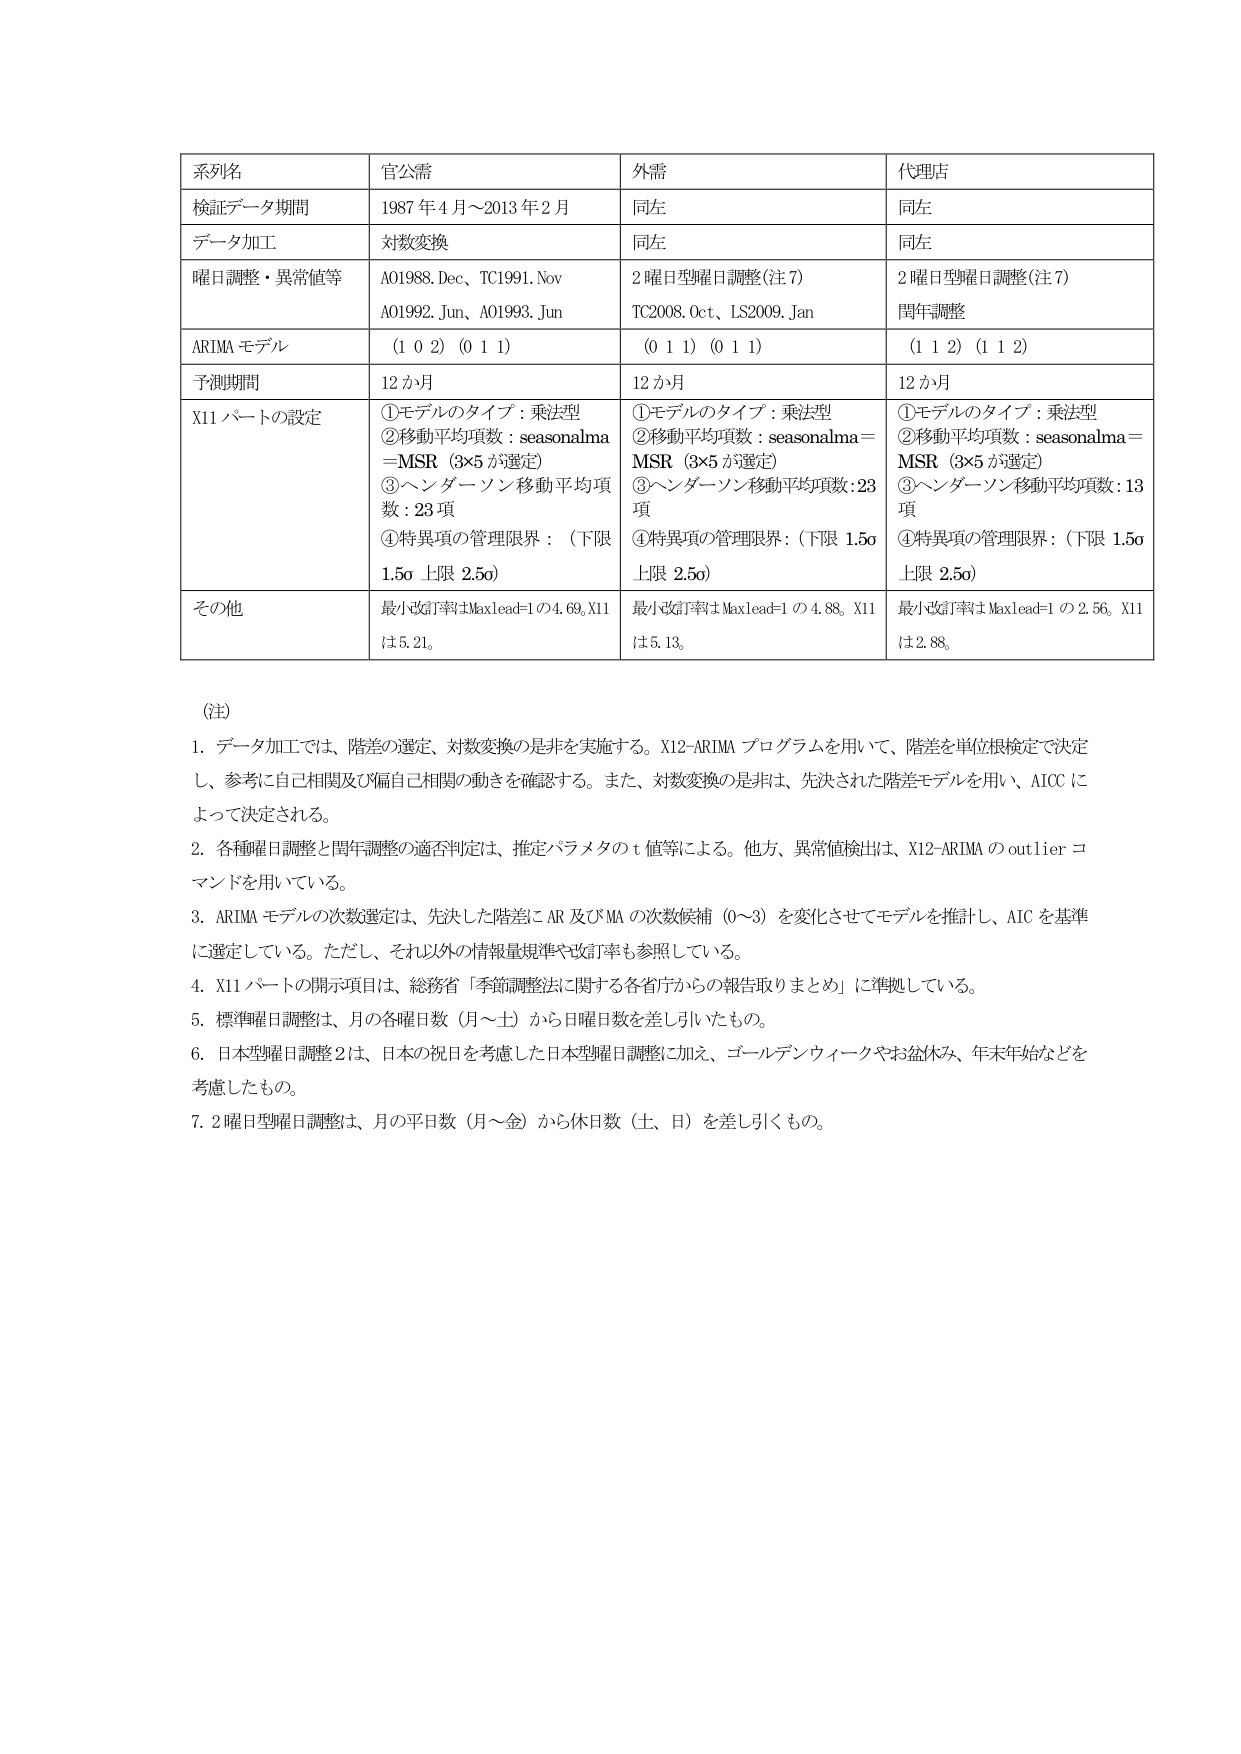
系列名 官公需 外需 代理店
検証データ期間 1987年4月～2013年2月 同左 同左
データ加工 対数変換 同左 同左
曜日調整・異常値等 A01988.Dec、TC1991.Nov A01992.Jun、A01993.Jun 2曜日型曜日調整（注7） TC2008.Oct、LS2009.Jan 2曜日型曜日調整（注7） 閏年調整
ARIMAモデル （1 0 2）（0 1 1） （0 1 1）（0 1 1） （1 1 2）（1 1 2）
予測期間 12か月 12か月 12か月
X11パートの設定 ①モデルのタイプ：乗法型 ②移動平均項数：seasonalma=MSR（3×5が選定） ③ヘンダーソン移動平均項数：23項 ④特異項の管理限界：（下限1.5σ上限2.5σ） ①モデルのタイプ：乗法型 ②移動平均項数：seasonalma=MSR（3×5が選定） ③ヘンダーソン移動平均項数：23項 ④特異項の管理限界：（下限1.5σ上限2.5σ） ①モデルのタイプ：乗法型 ②移動平均項数：seasonalma=MSR（3×5が選定） ③ヘンダーソン移動平均項数：13項 ④特異項の管理限界：（下限1.5σ上限2.5σ）
その他 最小改訂率はMaxlead=1の4.69、X11は5.21。 最小改訂率はMaxlead=1の4.88、X11は5.13。 最小改訂率はMaxlead=1の2.56、X11は2.88。

（注）
1. データ加工では、階差の選定、対数変換の是非を実施する。X12-ARIMAプログラムを用いて、階差を単位根検定で決定し、参考に自己相関及び偏自己相関の動きを確認する。また、対数変換の是非は、先決された階差モデルを用い、AICCによって決定される。
2. 各種曜日調整と閏年調整の適否判定は、推定パラメタのt値等による。他方、異常値検出は、X12-ARIMAのoutlierコマンドを用いている。
3. ARIMAモデルの次数選定は、先決した階差にAR及びMAの次数候補（0～3）を変化させてモデルを推計し、AICを基準に選定している。ただし、それ以外の情報量規準や改訂率も参照している。
4. X11パートの開示項目は、総務省「季節調整法に関する各省庁からの報告取りまとめ」に準拠している。
5. 標準曜日調整は、月の各曜日数（月～土）から日曜日数を差し引いたもの。
6. 日本型曜日調整2は、日本の祝日を考慮した日本型曜日調整に加え、ゴールデンウィークやお盆休み、年末年始などを考慮したもの。
7. 2曜日型曜日調整は、月の平日数（月～金）から休日数（土、日）を差し引くもの。